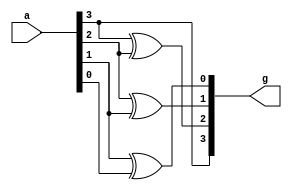
module bin_to_gray( a,g);
      input[3:0] a;
      output[3:0]g;
      assign g[3] = a[3];
      assign g[2] = a[3]^a[2];
      assign g[1] = a[2]^a[1];
      assign g[0] = a[1]^a[0];
endmodule